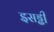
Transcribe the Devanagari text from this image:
इसड्ढी